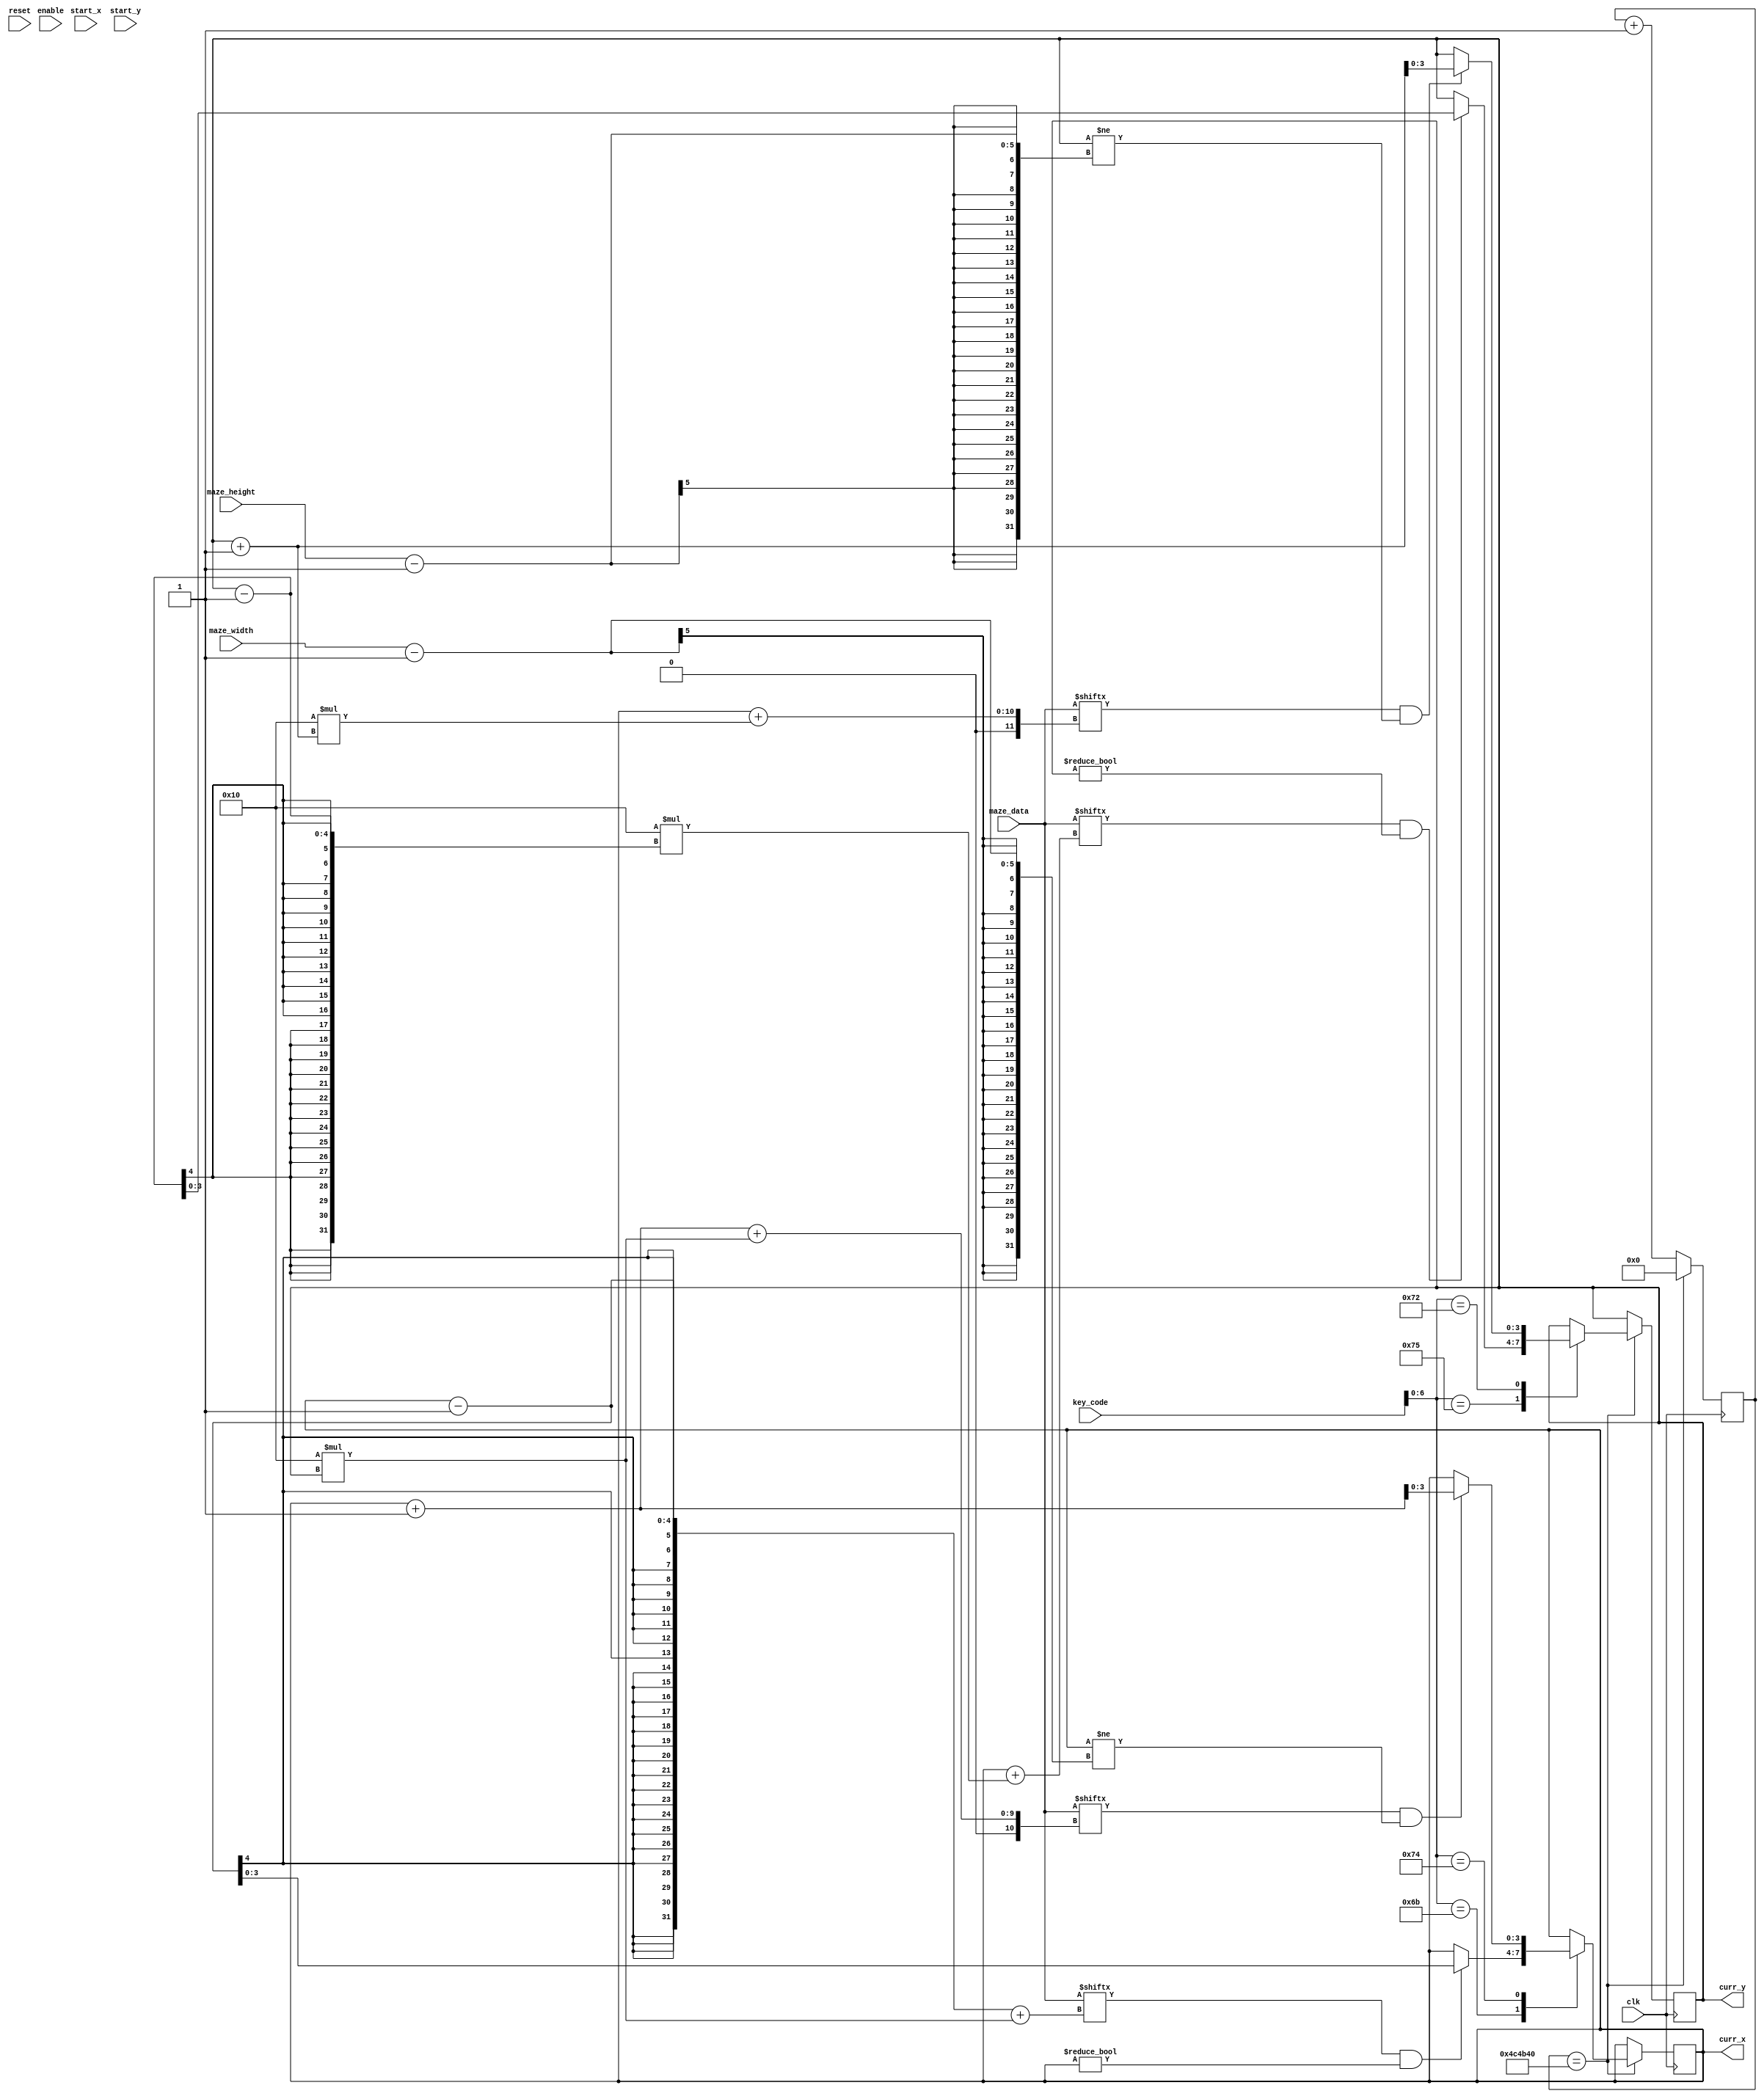

/***********************************************
*  ECE324 Digital Systems Design:  Maze Generator
*  John Hofman, Candice Adsero, & Ricky Barella
*  maze_move module
************************************************/

module maze_move
   (
	input wire clk,                     // clock input
	input wire reset,
	input wire enable,
    input wire [7:0] key_code,          // current key input
	input wire [16*16-1 :0] maze_data,  // maze input
	input wire [4:0] maze_width,        // maze dimensions
	input wire [4:0] maze_height,
	input wire [3:0] start_x,           // location of starting position
	input wire [3:0] start_y,
	output reg [3:0] curr_x,            // output location of current position
	output reg [3:0] curr_y
   );
	
//  **********
//  PARAMETERS
//  **********************************
    // keycode parameters
	parameter [6:0] LEFT = 7'b1101011;  // left  arrow key
	parameter [6:0] RIGHT = 7'b1110100; // right arrow key
	parameter [6:0] UP = 7'b1110101;    // up    arrow key
	parameter [6:0] DOWN = 7'b1110010;  // down  arrow key
    
    // wait time
	parameter [25:0] slow_time = 5_000_000;
//  **********************************
	
//  ******************
//  MOVEMENT REGISTERS
//  **************************
	reg [25:0] slow_count = 0;
//  **************************
    
//  **************
//  MOVEMENT LOGIC
//  ***************************
	always @(posedge clk) begin
	   
		if (slow_count == slow_time) begin 
			case(key_code[6:0])
				LEFT: // move left if left key and valid location
					begin
						if(maze_data[(curr_x - 1)+16*(curr_y)] == 1 && curr_x != 0)
							begin
								curr_x <= curr_x - 1; //move left
							end
					end
				RIGHT: // move right if right key and valid location
					begin
						if(maze_data[(curr_x + 1)+16*(curr_y)] == 1 && curr_x != (maze_width - 1))
							begin
								curr_x <= curr_x + 1;//move right
							end
					end
				UP: // move up if up key and valid location
					begin
						if(maze_data[(curr_x)+16*(curr_y - 1)] == 1 && curr_y != 0)
							begin
								curr_y <= curr_y - 1; //move up
							end
					end
				DOWN: // move down if down key and valid location
					begin
						if(maze_data[(curr_x)+16*(curr_y + 1)] == 1 && curr_y != (maze_height - 1))
							begin
								curr_y <= curr_y + 1; //move down
							end
					end
			endcase
			
			slow_count <= 0; // reset speed counter
		end else
			slow_count <= slow_count + 1; // increment speed counter
	end
//  *************************************

endmodule